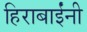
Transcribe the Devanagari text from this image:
हिराबाईंनी